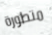
متطورة